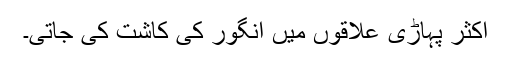
اکثر پہاڑی علاقوں میں انگور کی کاشت کی جاتی۔